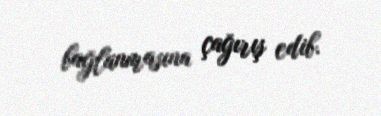
bağlanmasına çağırış edib.